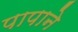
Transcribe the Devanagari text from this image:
पापाने